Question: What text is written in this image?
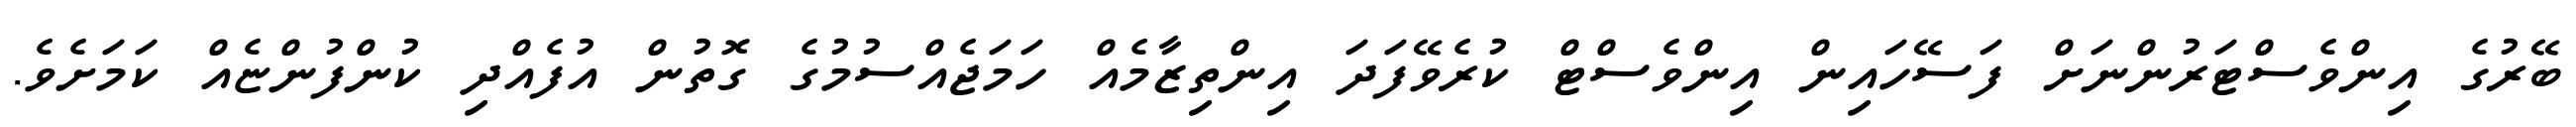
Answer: ބޭރުގެ އިންވެސްޓަރުންނަށް ފަސޭހައިން އިންވެސްޓް ކުރެވޭފަދަ އިންތިޒާމެއް ހަމަޖެއްސުމުގެ ގޮތުން އުފެއްދި ކުންފުންޏެއް ކަމަށެވެ.